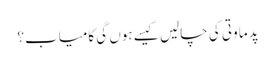
پدما وتی کی چالیں کیسے ہوں گی کامیاب؟